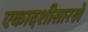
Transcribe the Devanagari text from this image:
एकादशीसारखे